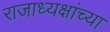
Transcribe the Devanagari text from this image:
राजाध्यक्षांच्या